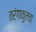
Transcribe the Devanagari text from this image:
तरंगाकुलता